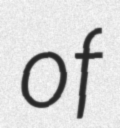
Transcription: of